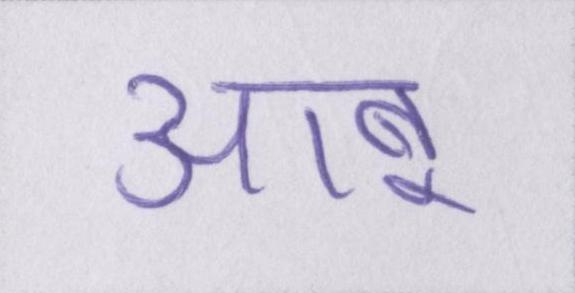
आबू